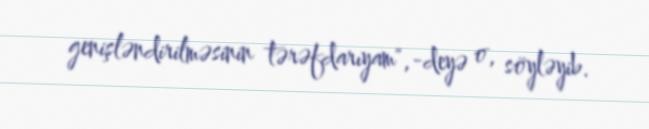
genişləndirilməsinin tərəfdarıyam",-deyə o, söyləyib.